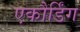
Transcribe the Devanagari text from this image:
एकौर्डिंग